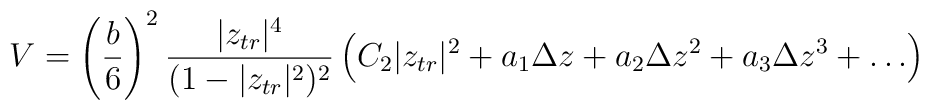
V = \left(\frac{b}{6}\right)^2 \frac{|z_{tr}|^4}{(1-|z_{tr}|^2)^2} \left( C_2|z_{tr}|^2 +a_1\Delta z +a_2\Delta z^2 +a_3\Delta z^3 + \ldots \right)